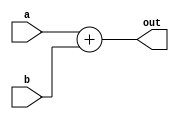
module adder_8085(a,b,out);
input [7:0] a,b;
output [7:0] out;

assign out=a+b;
endmodule